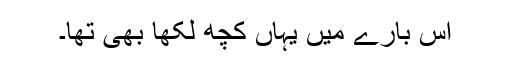
اس بارے میں یہاں کچھ لکھا بھی تھا۔